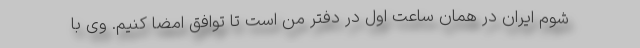
شوم ایران در همان ساعت اول در دفتر من است تا توافق امضا کنیم. وی با